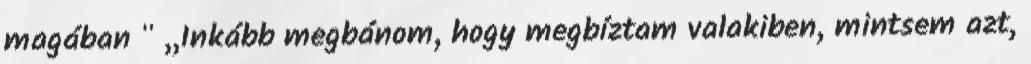
magában " ,,Inkább megbánom, hogy megbíztam valakiben, mintsem azt,